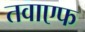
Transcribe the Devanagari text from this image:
तवाएफ